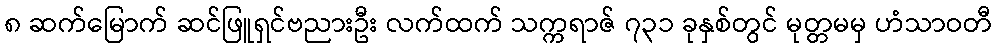
၈ ဆက်မြောက် ဆင်ဖြူရှင်ဗညားဦး လက်ထက် သက္ကရာဇ် ၇၃၁ ခုနှစ်တွင် မုတ္တမမှ ဟံသာဝတီ